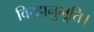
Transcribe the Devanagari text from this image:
विरहानुभूति।